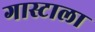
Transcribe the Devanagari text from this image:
गास्टाला